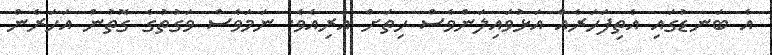
އެ ބަނޑުގައި އެތިފަހަރެއް އަޅުވައިލަންވެސް ހިތަށް އެރިއެވެ. ނަމަވެސް ވަގުތުގެ ގޮތުން އަހަރެން